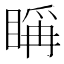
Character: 𥈦